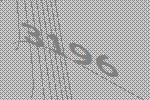
3196